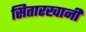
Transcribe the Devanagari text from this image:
सितारखानी